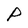
Character: P